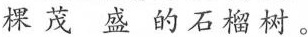
棵茂盛的石榴树。